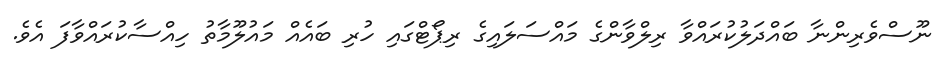
ނޫސްވެރިންނާ ބައްދަލުކުރައްވާ ރިލްވާންގެ މައްސަލައިގެ ރިޕޯޓްގައި ހުރި ބައެއް މައުލޫމާތު ހިއްސާކުރައްވާފަ އެވެ.